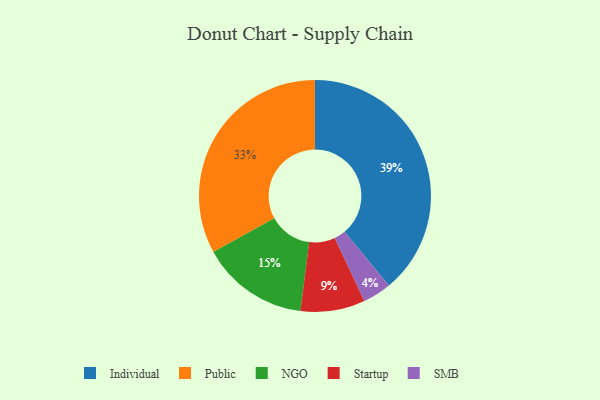
{"axis": {"x": "Category", "y": "Percentage"}, "legend": ["Individual", "NGO", "Public", "SMB", "Startup"], "data": [{"x": "SMB", "y": 4, "type": "SMB"}, {"x": "Startup", "y": 9, "type": "Startup"}, {"x": "NGO", "y": 15, "type": "NGO"}, {"x": "Individual", "y": 39, "type": "Individual"}, {"x": "Public", "y": 33, "type": "Public"}]}